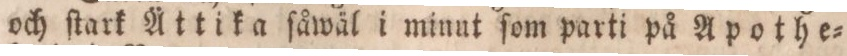
och ſtark Ättika ſåwäl i minut ſom parti på Apothe=